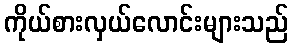
ကိုယ်စားလှယ်လောင်းများသည်